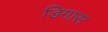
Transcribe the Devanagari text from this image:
डिगास